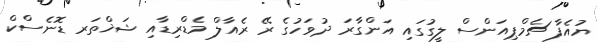
ޔުއެފާ ޗެމްޕިއަންސް ލީގުގައި އަންގާރަ ދުވަހުގެ ރޭ ރެއާލް މެޑްރިޑާއި ޝަޚްތަރ ޑޮނެސްކް